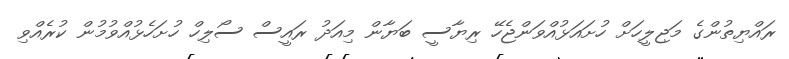
ރައްޔިތުންގެ މަޖިލީހަށް ހުށައަޅުއްވަންޖެހޭ ރިޔާސީ ބަޔާން މިއަދު ރައީސް ސޯލިހް ހުށަހެޅުއްވުމުން ކުރެއްވި